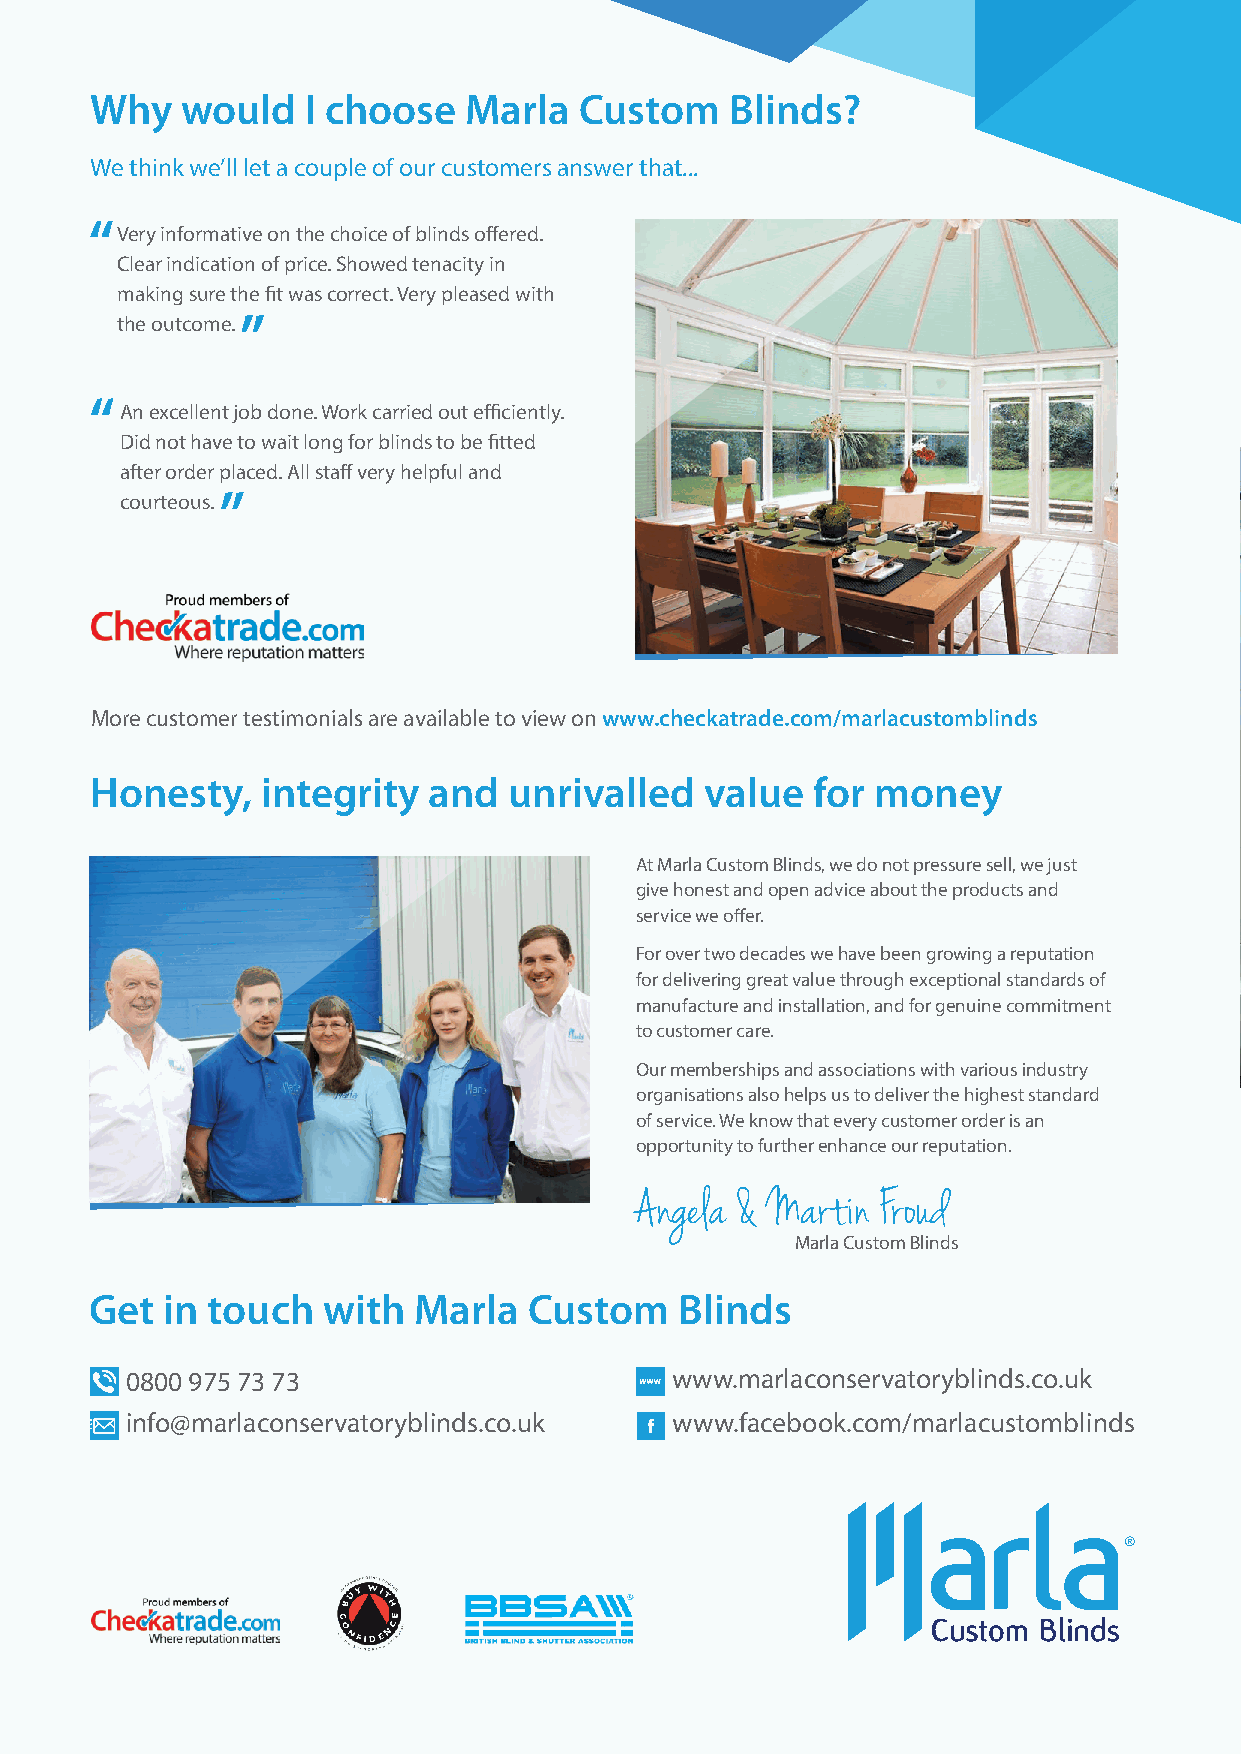
Why   would   I choose   Marla  Custom    Blinds?
 Quality, style, and expertise from
 We think we’ll let a couple of our customers answer that...
 one of the UK’s leading conservatory
 blinds experts...
 Very informative on the choice of blinds offered.
 Clear indication of price. Showed tenacity in                                        Every angle beautifully covered.
 making sure the fit was correct. Very pleased with
 the outcome.
 An excellent job done. Work carried out efficiently.
 Did not have to wait long for blinds to be fitted
 after order placed. All staff very helpful and
 courteous.
 More customer testimonials are available to view on www.checkatrade.com/marlacustomblinds
 Honesty,   integrity  and   unrivalled   value  for money
 At Marla Custom Blinds, we do not pressure sell, we just
 give honest and open advice about the products and
 service we offer.
 For over two decades we have been growing a reputation
 for delivering great value through exceptional standards of
 manufacture and installation, and for genuine commitment
 to customer care.
 Our memberships and associations with various industry
 organisations also helps us to deliver the highest standard
 of service. We know that every customer order is an
 opportunity to further enhance our reputation.
 Angela & Martin Froud
 Marla Custom Blinds
 Get  in touch  with  Marla   Custom    Blinds
 0800 975 73 73                      www.marlaconservatoryblinds.co.uk
 info@marlaconservatoryblinds.co.uk  www.facebook.com/marlacustomblinds
 Providing carefully
 measured solutions
 since 1995                                   0800   975  73 73
 www.marlaconservatoryblinds.co.uk